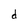
Character: d